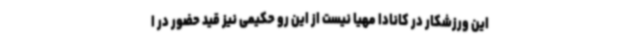
این ورزشکار در کانادا مهیا نیست از این رو حکیمی نیز قید حضور در ا